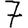
Digit: 7